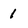
Character: 1